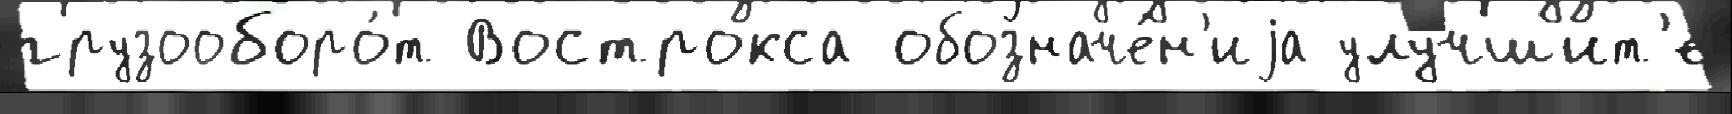
грузооборо́т Вострокса обозначе́н'иjа улу́чшит'е